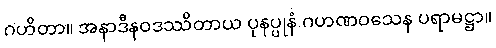
ဂဟိတာ။ အနာဒီနဝဒဿိတာယ ပုနပ္ပုနံ ဂဟဏဝသေန ပရာမဋ္ဌာ။